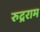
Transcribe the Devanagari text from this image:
रुद्रराम